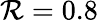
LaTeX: \mathcal{R}=0.8